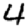
Digit: 4